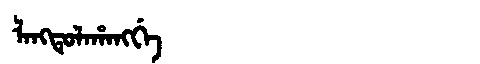
Manchu: ᠯᠠᠩᡨᡠᠯᠠᡥᠠᠩᡤᡝ
Romanization: LANGTULAHANGGE